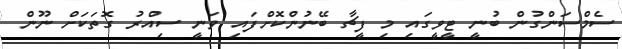
ސެމްސަންގުން ބުނީ ޓީވީގައި މި ފީޗާ ބޭނުންކޮށްފައި ވަނީ ސިއްރު ގޮތަކަށް ނޫން